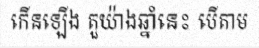
កើនឡើង តួយ៉ាងឆ្នាំនេះ បើតាម